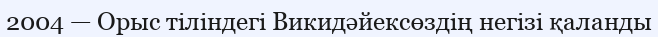
2004 — Орыс тіліндегі Викидәйексөздің негізі қаланды